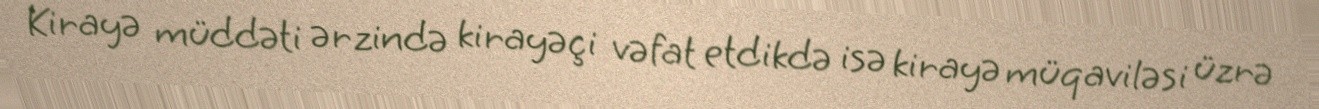
Kirayə müddəti ərzində kirayəçi vəfat etdikdə isə kirayə müqaviləsi üzrə